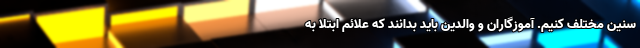
سنین مختلف کنیم. آموزگاران و والدین باید بدانند که علائم ابتلا به